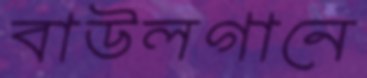
বাউলগানে